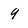
Character: 9